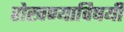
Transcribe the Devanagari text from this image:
रोखण्याविषयी